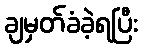
ချမှတ်ခံခဲ့ရပြီး